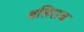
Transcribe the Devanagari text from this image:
बलिराज